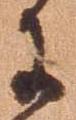
に